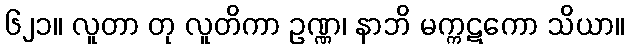
၆၂၁။ လူတာ တု လူတိကာ ဥဏ္ဏ၊ နာဘိ မက္ကဋကော သိယာ။